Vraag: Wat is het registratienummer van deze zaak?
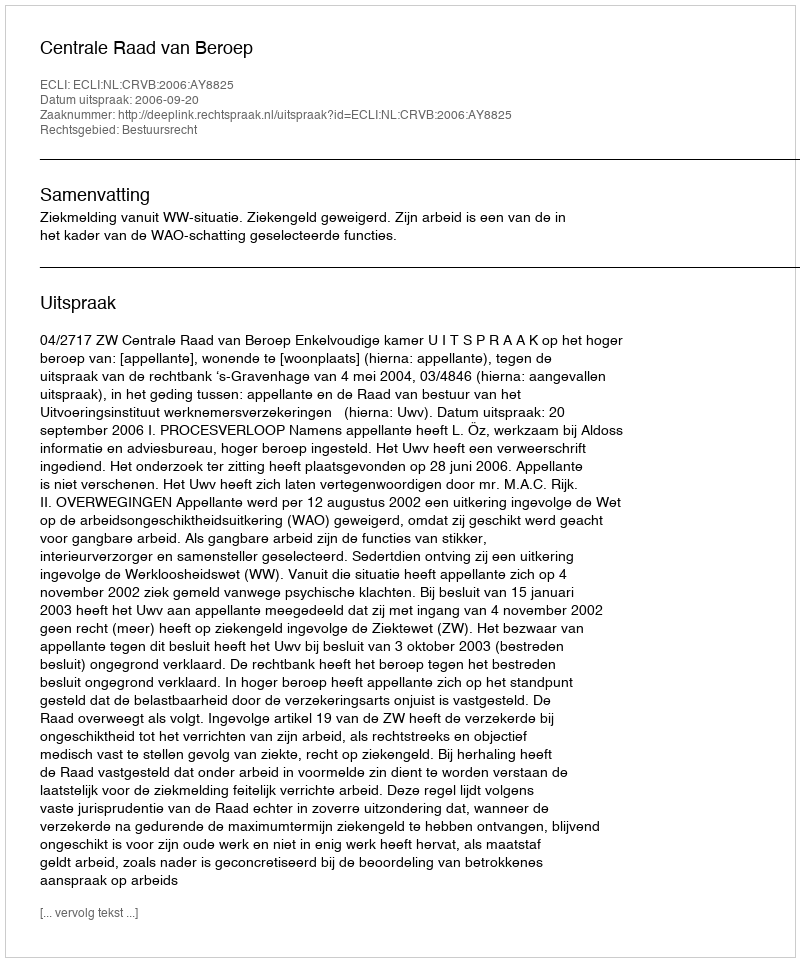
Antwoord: http://deeplink.rechtspraak.nl/uitspraak?id=ECLI:NL:CRVB:2006:AY8825